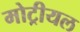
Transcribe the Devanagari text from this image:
मोट्रीयल